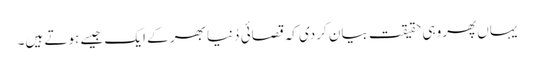
یہاں پھروہی حقیقت بیان کردی کہ قصائی دُنیا بھر کے ایک جیسے ہوتے ہیں۔